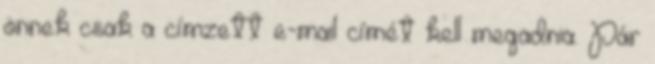
önnek csak a címzett e-mail címét kell megadnia. Pár